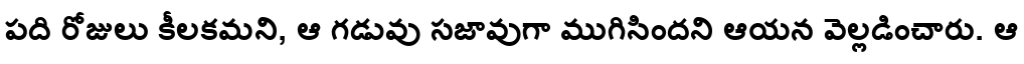
పది రోజులు కీలకమని, ఆ గడువు సజావుగా ముగిసిందని ఆయన వెల్లడించారు. ఆ